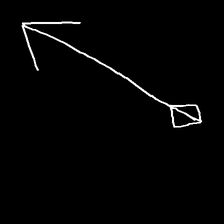
Glyph: focus